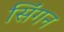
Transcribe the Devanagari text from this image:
सिंगन